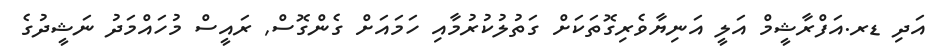
އަދި ޑރ.އަފްރާޝީމް އަލީ އަނިޔާވެރިގޮތަކަށް ގަތުލުކުރުމާއި ހަމައަށް ގެންގޮސް